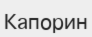
Капорин